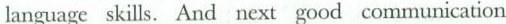
language skills. And next good communication